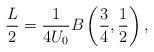
LaTeX: \begin{align*}\frac{L}{2} = \frac{1}{4U_0} B\left( \frac{3}{4} ,\frac{1}{2}\right) ,\end{align*}